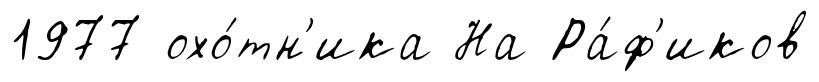
1977 охо́тн'ика На Ра́ф'иков